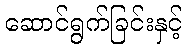
ဆောင်ရွက်ခြင်းနှင့်